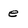
Character: e